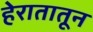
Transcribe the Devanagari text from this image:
हेरातातून